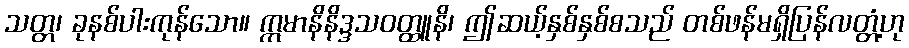
သတ္တ၊ ခုနစ်ပါးကုန်သော။ ဣမာနိနိဒ္ဒသဝတ္ထူနိ၊ ဤဆယ့်နှစ်နှစ်စသည် တစ်ဖန်မရှိပြန်လတ္တံ့ဟု